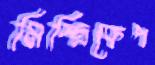
মিস্ত্রিকেপ